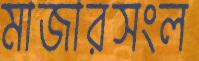
মাজারসংল